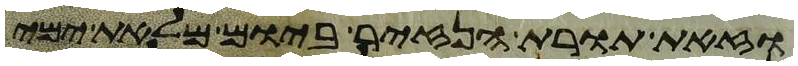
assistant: וזאת תורת הנזיר ביום מלאת ימי